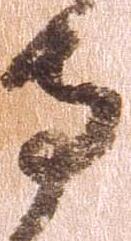
寺